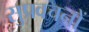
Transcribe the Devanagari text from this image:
सुप्रवचनों